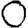
Digit: 0